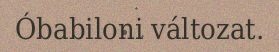
Óbabiloni változat.